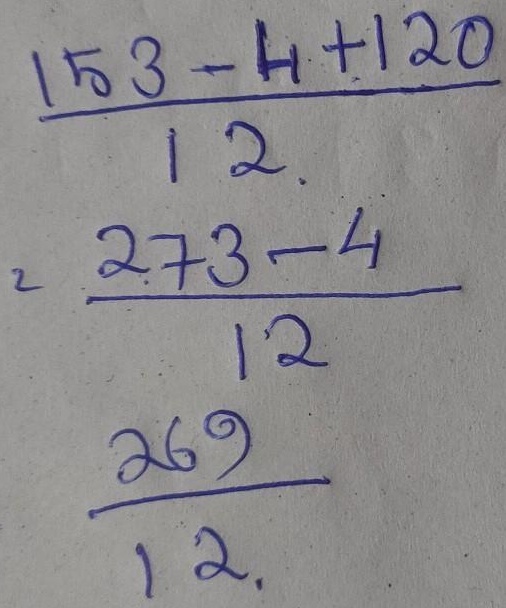
\[
\begin{align*}
&\frac{153 - 4 + 120}{12}\\
=&\frac{273 - 4}{12}\\
=&\frac{269}{12}
\end{align*}
\]